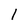
Character: l